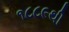
૧૮૮૯થી